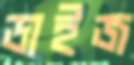
ডাইজ